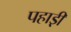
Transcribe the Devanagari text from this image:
पहाड़़ी